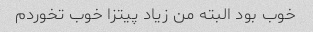
خوب بود البته من زیاد پیتزا خوب تخوردم